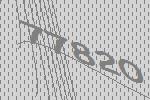
77820